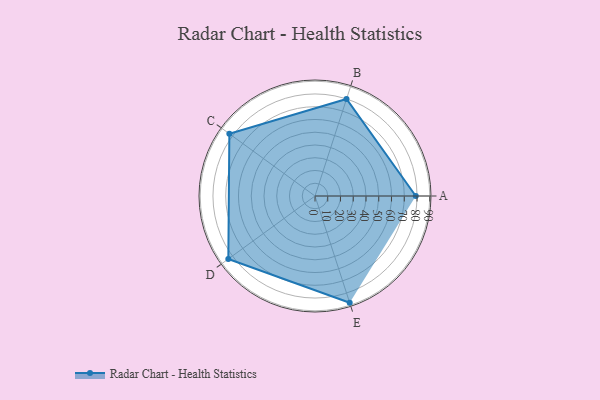
{"axis": {"x": "Skill", "y": "Score"}, "legend": ["Profile"], "data": [{"x": "A", "y": 79.0, "type": "Profile"}, {"x": "B", "y": 80.0, "type": "Profile"}, {"x": "C", "y": 83.0, "type": "Profile"}, {"x": "D", "y": 84.0, "type": "Profile"}, {"x": "E", "y": 88.0, "type": "Profile"}]}